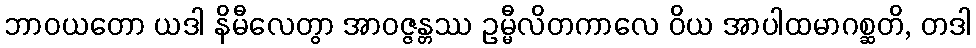
ဘာဝယတော ယဒါ နိမီလေတွာ အာဝဇ္ဇန္တဿ ဥမ္မီလိတကာလေ ဝိယ အာပါထမာဂစ္ဆတိ, တဒါ